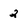
Character: 2